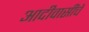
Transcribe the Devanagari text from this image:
आदीवासींचे